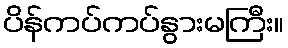
ပိန်ကပ်ကပ်နွားမကြီး။